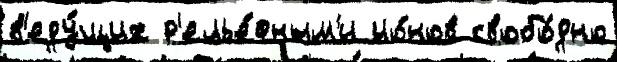
в'еду́щих р'елье́фным'и ио́нов свобо́дно